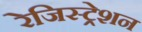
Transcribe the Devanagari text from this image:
रेजिस्ट्रेशन